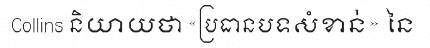
Collins និយាយថា «ប្រធានបទសំខាន់» នៃ